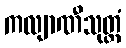
ကလျာဏီသုတ္တံ